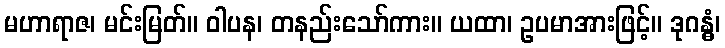
မဟာရာဇ၊ မင်းမြတ်။ ဝါပန၊ တနည်းသော်ကား။ ယထာ၊ ဥပမာအားဖြင့်။ ဒုဂန္ဓံ၊